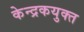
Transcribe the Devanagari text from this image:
केन्द्रकयुक्त